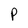
Character: P